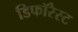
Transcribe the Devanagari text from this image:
डिफॉरेस्ट